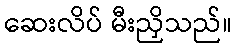
ဆေးလိပ် မီးညှိသည်။